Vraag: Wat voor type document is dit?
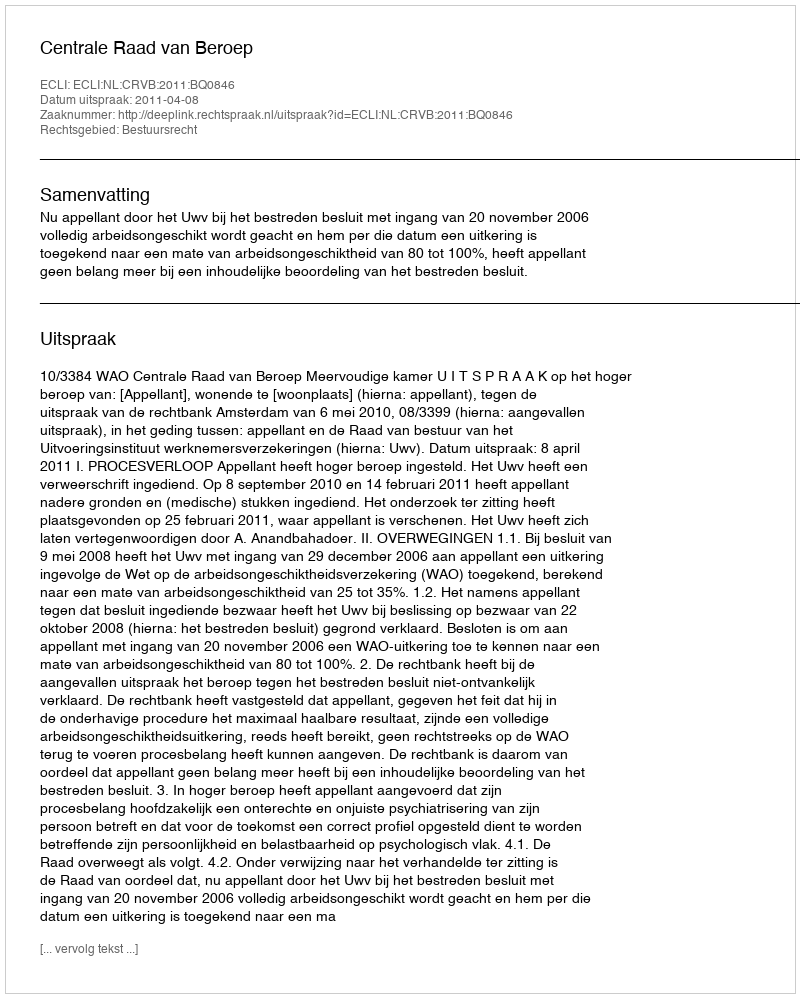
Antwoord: Uitspraak